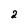
Character: 2